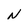
Character: N